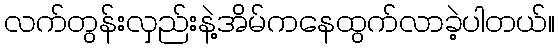
လက်တွန်းလှည်းနဲ့အိမ်ကနေထွက်လာခဲ့ပါတယ်။